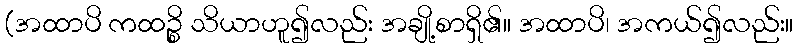
(အထာပိ ကထဉ္စိ သိယာဟူ၍လည်း အချို့စာရှိ၏။ အထာပိ၊ အကယ်၍လည်း။